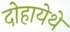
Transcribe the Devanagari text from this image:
दोहायेथे